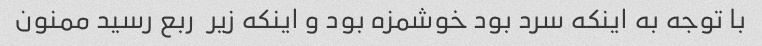
با توجه به اینکه سرد بود خوشمزه بود و اینکه زیر  ربع رسید ممنون